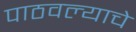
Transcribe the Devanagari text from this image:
पाठवल्याचे